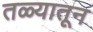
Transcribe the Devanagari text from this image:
तळ्यातून